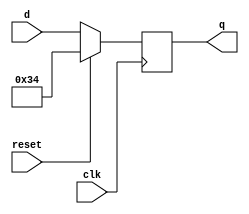
module top_module (
    input clk,
    input reset,            // Synchronous reset
    input [7:0] d,
    output [7:0] q
);
    always@(negedge clk)
        if(reset)
	        q<=8'h34;
    	else
            q<=d;

endmodule